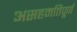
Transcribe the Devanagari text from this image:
असहमतिपूर्ण